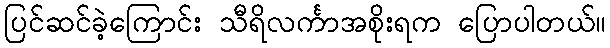
ပြင်ဆင်ခဲ့ကြောင်း သီရိလင်္ကာအစိုးရက ပြောပါတယ်။